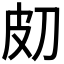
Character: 𤿇